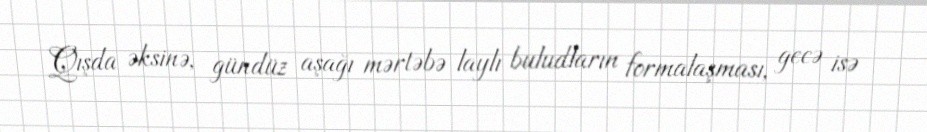
Qışda əksinə, gündüz aşağı mərtəbə laylı buludların formalaşması, gecə isə